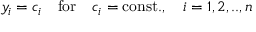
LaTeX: y _ { i } = c _ { i } \ \ \ \mathrm { f o r } \ \ \ c _ { i } = \mathrm { c o n s t . } , \ \ \ i = 1 , 2 , . . , n